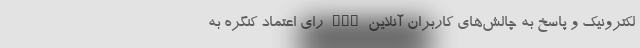
لکترونیک و پاسخ به چالش‌های کاربران آنلاین nan رای اعتماد کنگره به